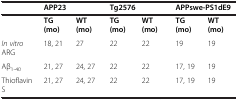
<table><thead><tr><td><b> </b></td><td colspan="2"><b>APP23</b></td><td colspan="2"><b>Tg2576</b></td><td colspan="2"><b>APPswe-PS1dE9</b></td></tr></thead><tbody><tr><td> </td><td><b>TG (mo)</b></td><td><b>WT (mo)</b></td><td><b>TG (mo)</b></td><td><b>WT (mo)</b></td><td><b>TG (mo)</b></td><td><b>WT (mo)</b></td></tr><tr><td><i>In vitro</i> ARG</td><td>18, 21</td><td>27</td><td>22</td><td>22</td><td>19</td><td>19</td></tr><tr><td>Aβ<sub>1-40</sub></td><td>21, 27</td><td>24, 27</td><td>22</td><td>22</td><td>17, 19</td><td>19</td></tr><tr><td>Thioflavin S</td><td>21, 27</td><td>24, 27</td><td>22</td><td>22</td><td>17, 19</td><td>19</td></tr></tbody></table>